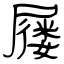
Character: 屦